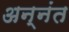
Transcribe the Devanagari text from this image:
अन्नंत